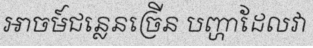
អាចម៍ជន្លេនច្រើន បញ្ហាដែលវា